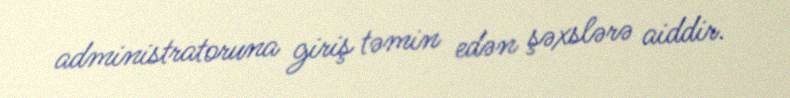
administratoruna giriş təmin edən şəxslərə aiddir.